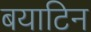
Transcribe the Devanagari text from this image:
बयाटिन